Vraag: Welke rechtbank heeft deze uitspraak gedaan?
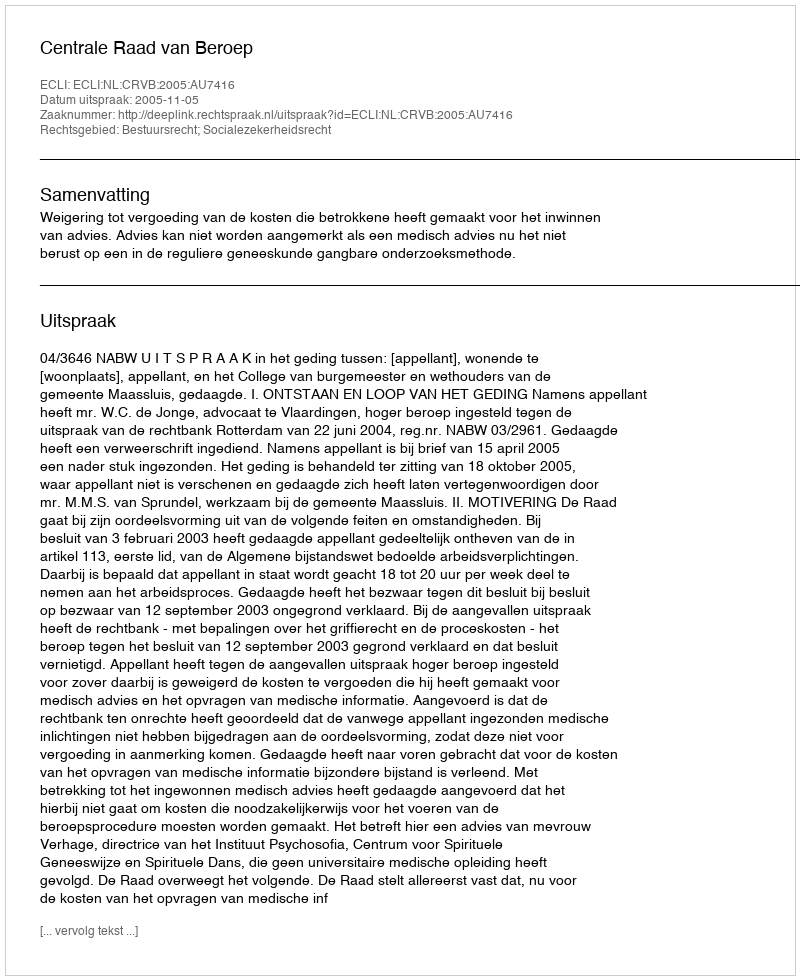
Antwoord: Centrale Raad van Beroep